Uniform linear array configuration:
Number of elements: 48
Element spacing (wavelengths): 0.75
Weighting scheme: cosine
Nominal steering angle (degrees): -45
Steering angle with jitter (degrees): -43.117
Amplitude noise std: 0.05
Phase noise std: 0.05

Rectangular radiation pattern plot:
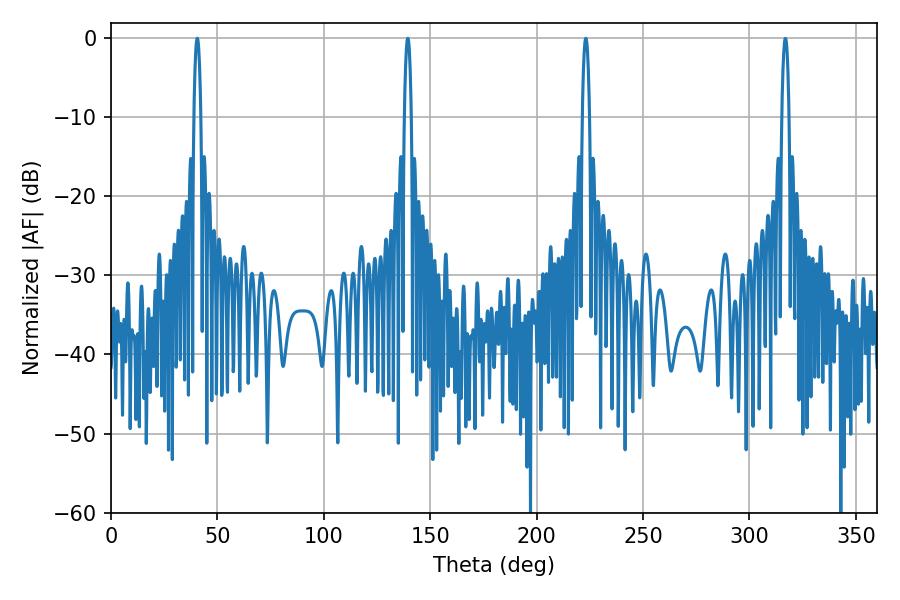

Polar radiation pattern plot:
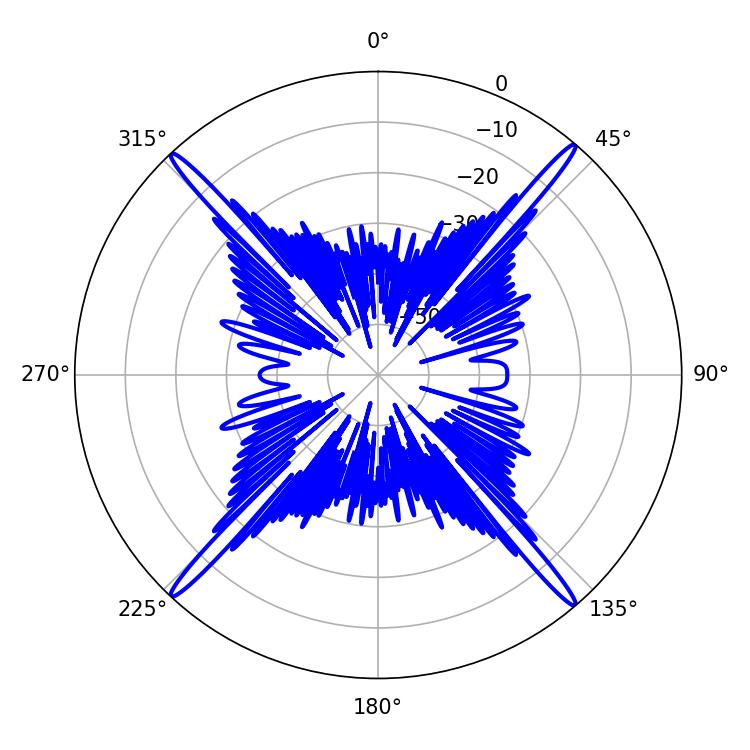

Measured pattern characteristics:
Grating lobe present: TRUE
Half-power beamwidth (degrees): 1.8
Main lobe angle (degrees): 139.5